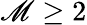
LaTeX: \mathscr{M}\geq2